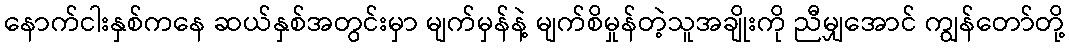
နောက်ငါးနှစ်ကနေ ဆယ်နှစ်အတွင်းမှာ မျက်မှန်နဲ့ မျက်စိမှုန်တဲ့သူအချိုးကို ညီမျှအောင် ကျွန်တော်တို့